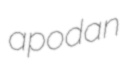
apodan